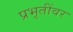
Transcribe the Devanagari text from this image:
प्रभृतींवर